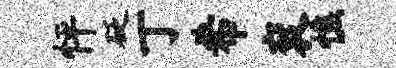
怦砭丁希衮憔